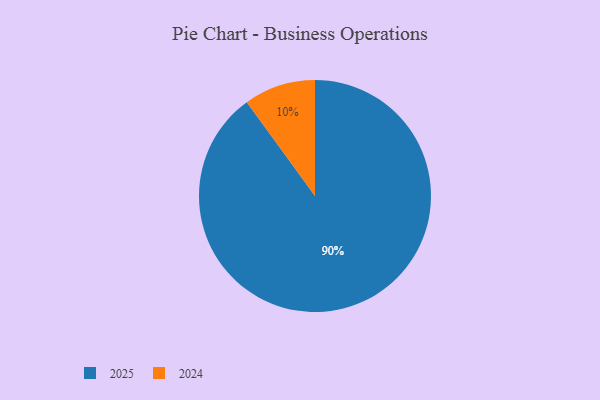
{"axis": {"x": "Category", "y": "Percentage"}, "legend": ["2024", "2025"], "data": [{"x": "2025", "y": 90, "type": "2025"}, {"x": "2024", "y": 10, "type": "2024"}]}